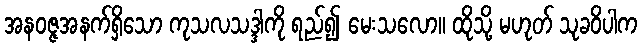
အနဝဇ္ဇအနက်ရှိသော ကုသလသဒ္ဒါကို ရည်၍ မေးသလော။ ထိုသို့ မဟုတ် သုခဝိပါက